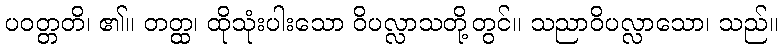
ပဝတ္တတိ၊ ၏။ တတ္ထ၊ ထိုသုံးပါးသော ဝိပလ္လာသတို့တွင်။ သညာဝိပလ္လာသော၊ သည်။